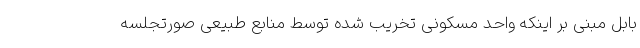
بابل مبنی بر اینکه واحد مسکونی تخریب شده توسط منابع طبیعی صورتجلسه